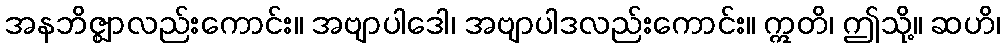
အနဘိဇ္ဈာလည်းကောင်း။ အဗျာပါဒေါ၊ အဗျာပါဒလည်းကောင်း။ ဣတိ၊ ဤသို့။ ဆဟိ၊